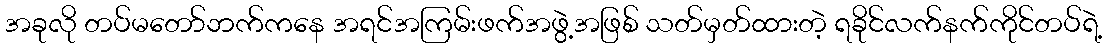
အခုလို တပ်မတော်ဘက်ကနေ အရင်အကြမ်းဖက်အဖွဲ့အဖြစ် သတ်မှတ်ထားတဲ့ ရခိုင်လက်နက်ကိုင်တပ်ရဲ့